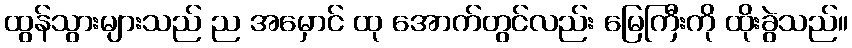
ထွန်သွားများသည် ည အမှောင် ထု အောက်တွင်လည်း မြေကြီးကို ထိုးခွဲသည်။